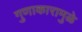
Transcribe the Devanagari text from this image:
गुणाकारामुळे